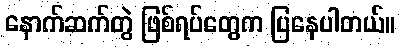
နောက်ဆက်တွဲ ဖြစ်ရပ်တွေက ပြနေပါတယ်။